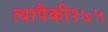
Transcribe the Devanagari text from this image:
त्यापैकी१७५